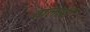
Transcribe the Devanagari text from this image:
तालाबी